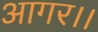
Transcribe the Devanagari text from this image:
आगर।।